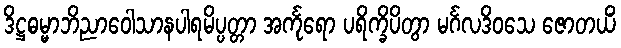
ဒိဋ္ဌဓမ္မာဘိညာဝေါသာနပါရမိပ္ပတ္တာ အင်္ကုရော ပရိက္ခိပိတွာ မင်္ဂလဒိဝသေ ဇောတယိံ